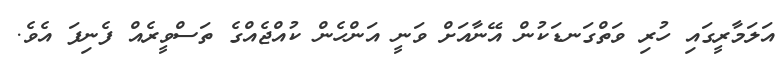
އަލަމާރީގައި ހުރި ވަތްގަނޑަކުން އޭނާއަށް ވަނީ އަންހެން ކުއްޖެއްގެ ތަސްވީރެއް ފެނިފަ އެވެ.